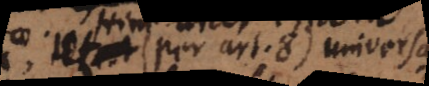
(per art. 8) universalis